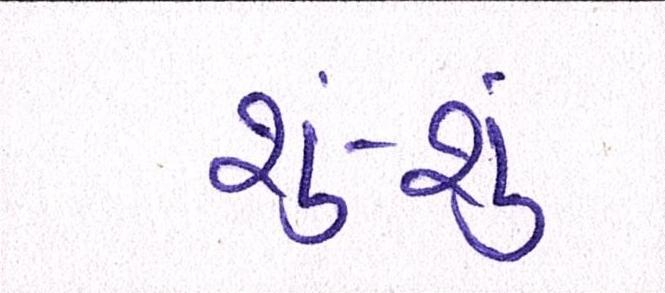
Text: શું-શું